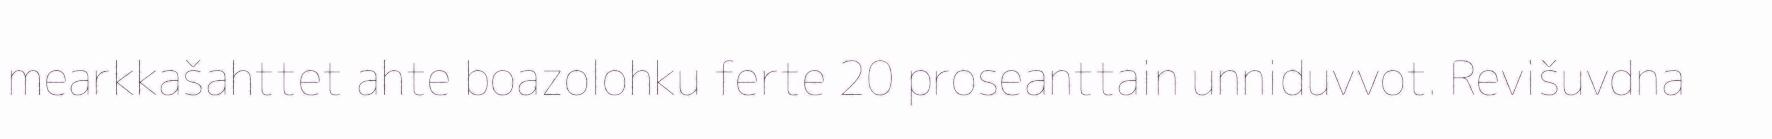
mearkkašahttet ahte boazolohku ferte 20 proseanttain unniduvvot. Revišuvdna